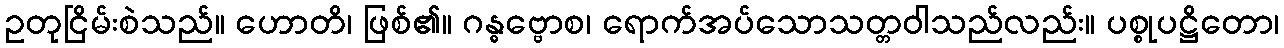
ဥတုငြိမ်းစဲသည်။ ဟောတိ၊ ဖြစ်၏။ ဂန္ဓဗ္ဗောစ၊ ရောက်အပ်သောသတ္တဝါသည်လည်း။ ပစ္စုပဋ္ဌိတော၊